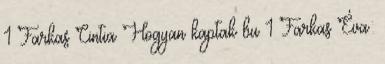
1 Farkas Cintia Hogyan kaptak bu 1 Farkas Éva: